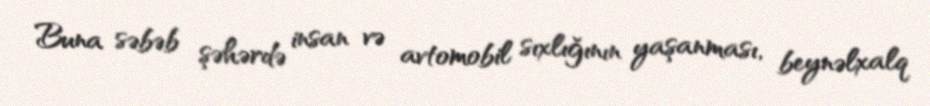
Buna səbəb şəhərdə insan və avtomobil sıxlığının yaşanması, beynəlxalq